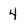
Character: 4